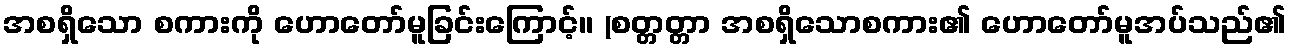
အစရှိသော စကားကို ဟောတော်မူခြင်းကြောင့်။ (စတ္တတ္တာ အစရှိသောစကား၏ ဟောတော်မူအပ်သည်၏